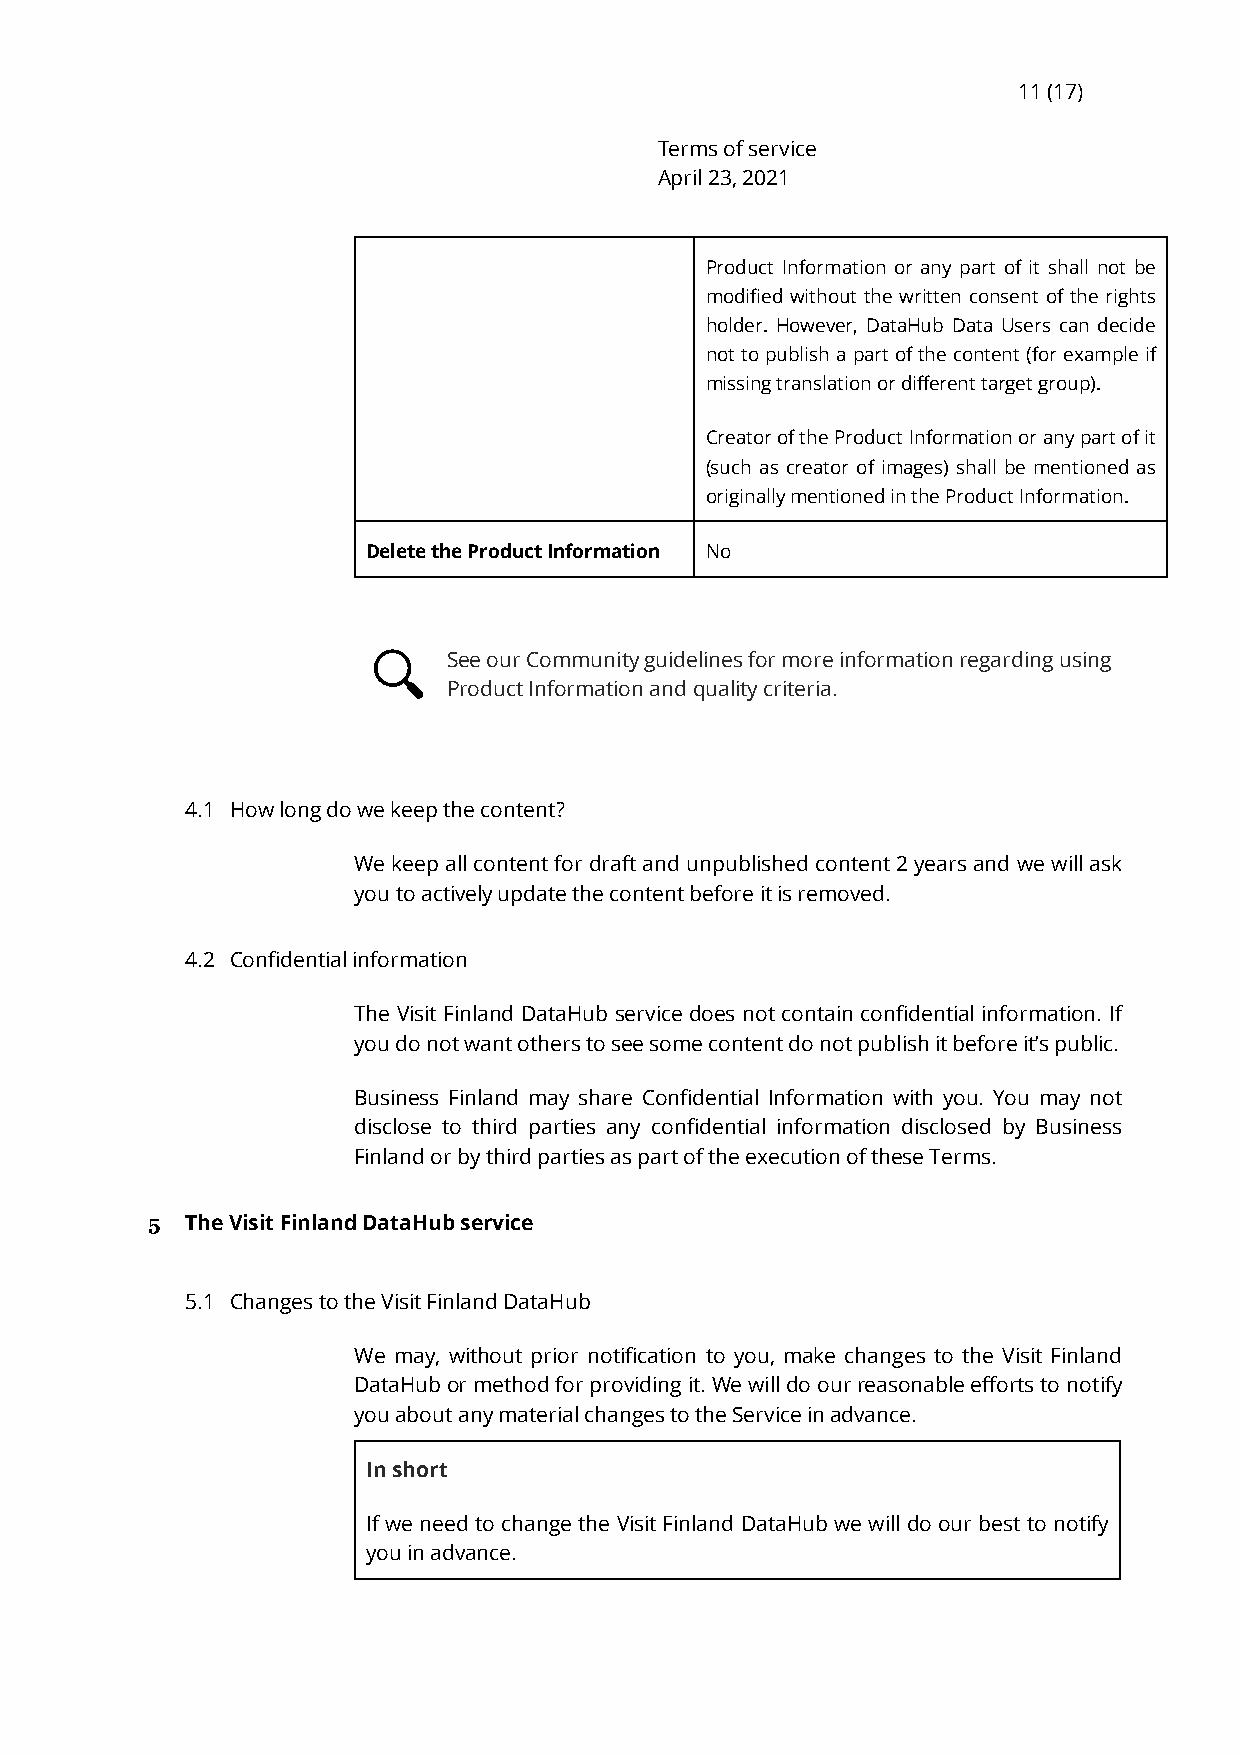
11 (17)
 Terms of service
 April 23, 2021
 Product Information or any part of it shall not be
 modified without the written consent of the rights
 holder. However, DataHub Data Users can decide
 not to publish a part of the content (for example if
 missing translation or different target group).
 Creator of the Product Information or any part of it
 (such as creator of images) shall be mentioned as
 originally mentioned in the Product Information.
 Delete the Product Information No
 See our Community guidelines for more information regarding using
 Product Information and quality criteria.
 4.1 How long do we keep the content?
 We keep all content for draft and unpublished content 2 years and we will ask
 you to actively update the content before it is removed.
 4.2 Confidential information
 The Visit Finland DataHub service does not contain confidential information. If
 you do not want others to see some content do not publish it before it’s public.
 Business Finland may share Confidential Information with you. You may not
 disclose to third parties any confidential information disclosed by Business
 Finland or by third parties as part of the execution of these Terms.
 5 The Visit Finland DataHub service
 5.1 Changes to the Visit Finland DataHub
 We may, without prior notification to you, make changes to the Visit Finland
 DataHub or method for providing it. We will do our reasonable efforts to notify
 you about any material changes to the Service in advance.
 In short
 If we need to change the Visit Finland DataHub we will do our best to notify
 you in advance.